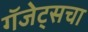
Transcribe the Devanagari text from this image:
गॅजेट्सचा